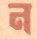
ন